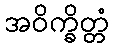
အဝိက္ခိတ္တံ